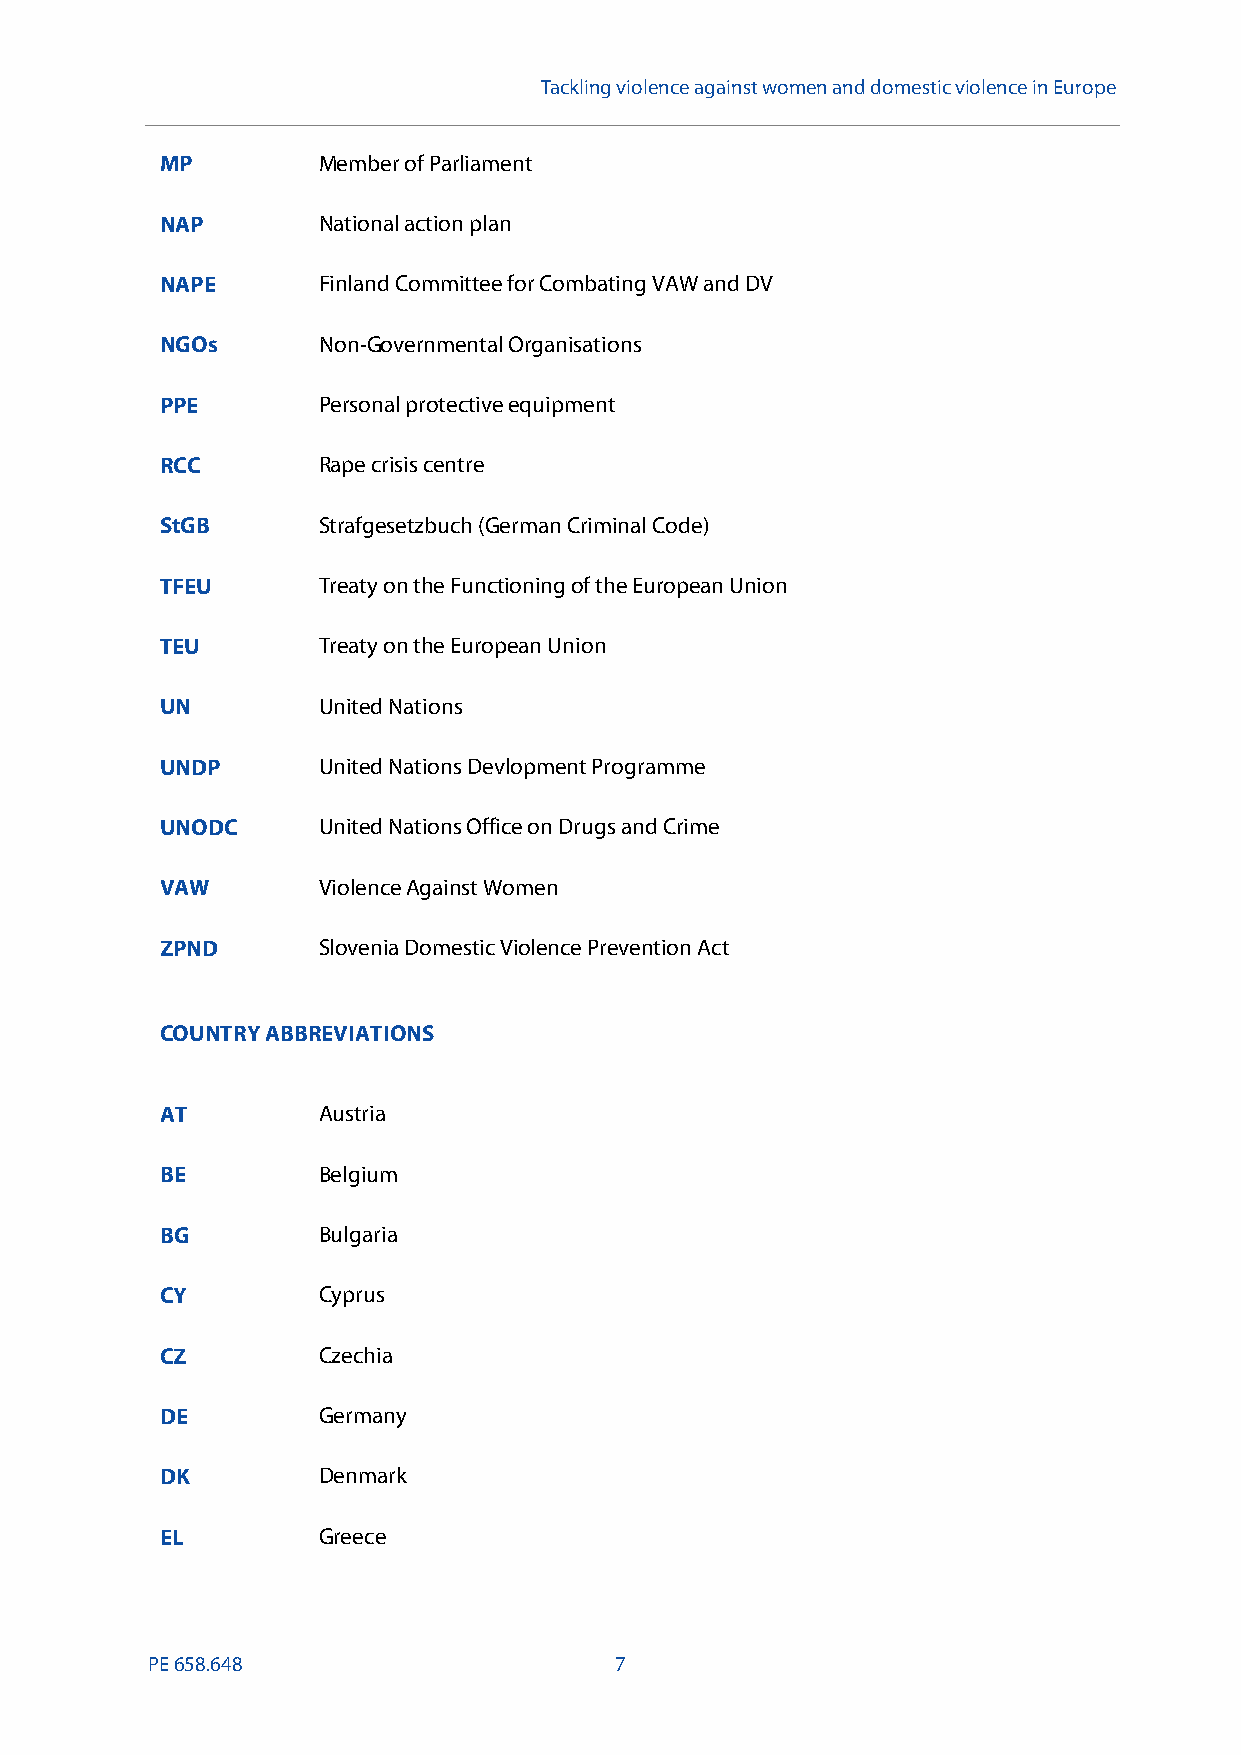
Tackling violence against women and domestic violence in Europe
 MP        Member of Parliament
 NAP       National action plan
 NAPE      Finland Committee for Combating VAW and DV
 NGOs      Non-Governmental Organisations
 PPE       Personal protective equipment
 RCC       Rape crisis centre
 StGB      Strafgesetzbuch (German Criminal Code)
 TFEU      Treaty on the Functioning of the European Union
 TEU       Treaty on the European Union
 UN        United Nations
 UNDP      United Nations Devlopment Programme
 UNODC     United Nations Office on Drugs and Crime
 VAW       ViolenceAgainst Women
 ZPND      Slovenia Domestic Violence Prevention Act
 COUNTRY ABBREVIATIONS
 AT        Austria
 BE        Belgium
 BG        Bulgaria
 CY        Cyprus
 CZ        Czechia
 DE        Germany
 DK        Denmark
 EL        Greece
 PE658.648                      7